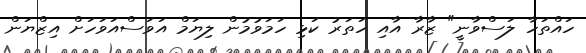
ހައްތަހާ ލަސްވާނީ" ޒާރާ އާއި ހަތަރު ކަޅި ހަމަވުމުން ލިޔަމް އަވަސްއަވަހަށް އިޒްޔަން